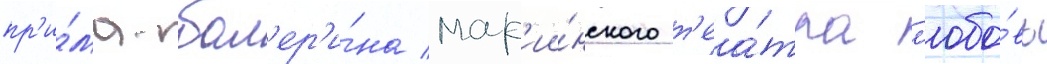
пр'и́ма-бал'ер'и́на мар'ии́нского т'еа́тра л'юбо́вь